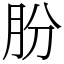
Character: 朌